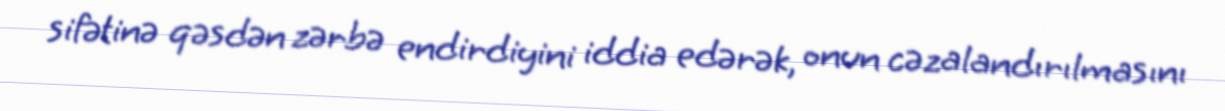
sifətinə qəsdən zərbə endirdiyini iddia edərək, onun cəzalandırılmasını